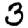
Digit: 3